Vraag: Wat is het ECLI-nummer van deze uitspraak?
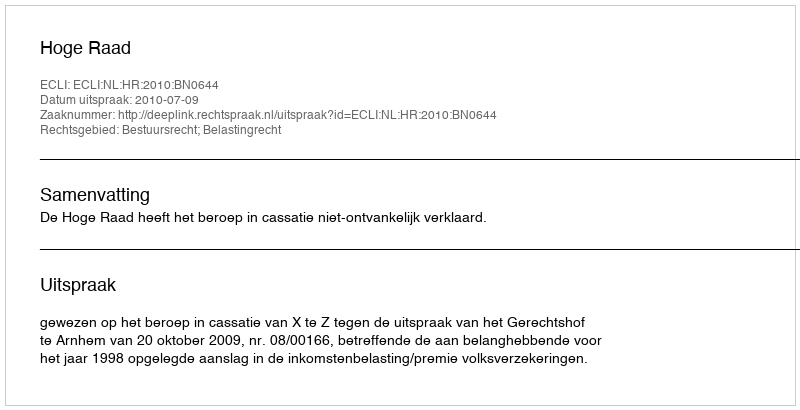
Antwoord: ECLI:NL:HR:2010:BN0644